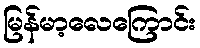
မြန်မာ့လေကြောင်း